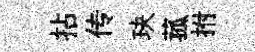
拈传玦菰拊